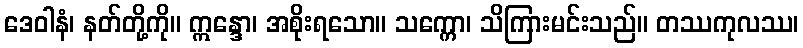
ဒေဝါနံ၊ နတ်တို့ကို။ ဣန္ဒော၊ အစိုးရသော။ သက္ကော၊ သိကြားမင်းသည်။ တဿကုလဿ၊